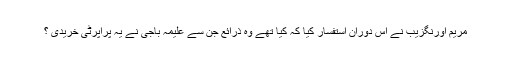
مریم اورنگزیب نے اس دوران استفسار کیا کہ کیا تھے وہ ذرائع جن سے علیمہ باجی نے یہ پراپرٹی خریدی ؟